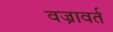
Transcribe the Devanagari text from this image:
वज्रावर्त